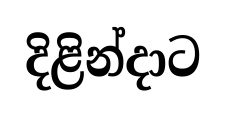
දිළින්දාට